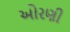
ઓરણી